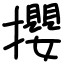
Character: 攖